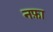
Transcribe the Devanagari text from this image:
नफ़ा